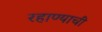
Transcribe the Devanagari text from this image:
रहाण्याचीं